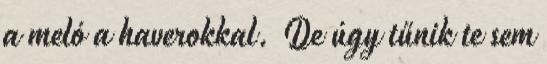
a meló a haverokkal. De úgy tűnik te sem